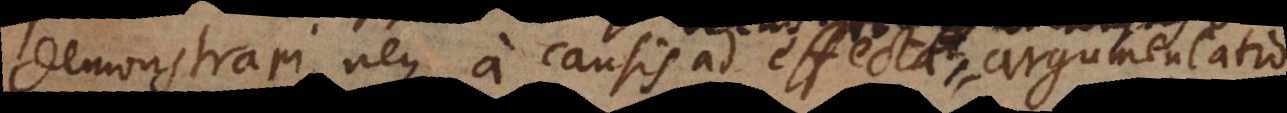
demonstrari, neque a causis ad effecta argumentatio